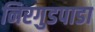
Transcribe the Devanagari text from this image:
निरगुडपाडा